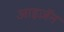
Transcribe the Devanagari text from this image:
आइज़ॅन